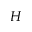
H